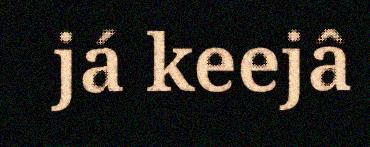
já keejâ